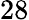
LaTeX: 28